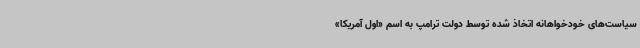
سیاست‌های خودخواهانه اتخاذ شده توسط دولت ترامپ به اسم «اول آمریکا»